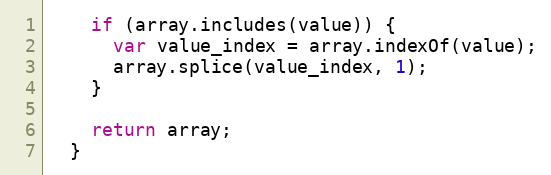
Language: JavaScript
    if (array.includes(value)) {
      var value_index = array.indexOf(value);
      array.splice(value_index, 1);
    }

    return array;
  }